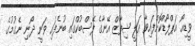
ވީޑިއޯ އަޕްލޯޑްކޮށްފައިވާ އަލީ ޝިފާޒް އޭނާގެ ފޭސްބުކްގައި ބުނެފައި ވަނީ ދޯނި ނެގުމުގެ